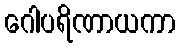
ဂေါပရိဏာယကာ